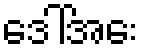
ဒေါ်အေး